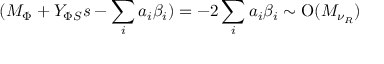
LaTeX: ( M _ { \Phi } + Y _ { \Phi S } s - \sum _ { i } a _ { i } \beta _ { i } ) = - 2 \sum _ { i } a _ { i } \beta _ { i } \sim \mathrm { O } ( M _ { \nu _ { R } } )